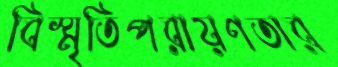
বিস্মৃতিপরায়ণতার